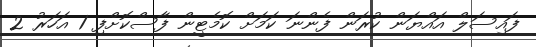
ފައިސަލް އައްޔަން ކުރަން ފެންނަ ކަަމަށް ކޮމެޓީން ފާސްކޮށްފި 1 އަހަރު 2